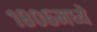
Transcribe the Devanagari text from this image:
१८०६मध्ये